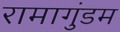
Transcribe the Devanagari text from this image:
रामागुंडम